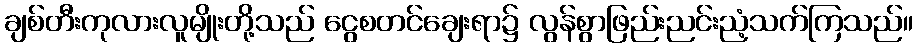
ချစ်တီးကုလားလူမျိုးတို့သည် ငွေစတင်ချေးရာ၌ လွန်စွာဖြည်းညင်းညံ့သက်ကြသည်။